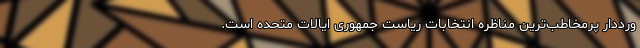
ورددار پرمخاطب‌ترین مناظره انتخابات ریاست جمهوری ایالات متحده است.